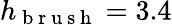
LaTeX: h_{\mathrm{~b~r~u~s~h~}}=3.4